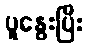
ပူနွေးပြီး